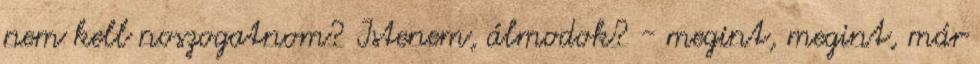
nem kell noszogatnom? Istenem, álmodok? - megint, megint, már